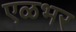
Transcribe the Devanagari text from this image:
एळभर